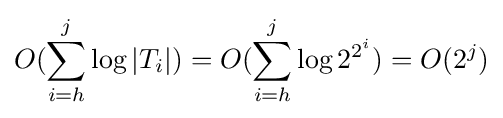
O(\sum _{i=h}^{j}\log |T_{i}|)=O(\sum _{i=h}^{j}\log 2^{2^{i}})=O(2^{j})